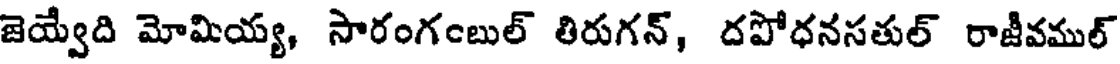
జెయ్వేది మోమియ్య, సారంగంబుల్ తిరుగన్, దపోధనసతుల్ రాజీవముల్